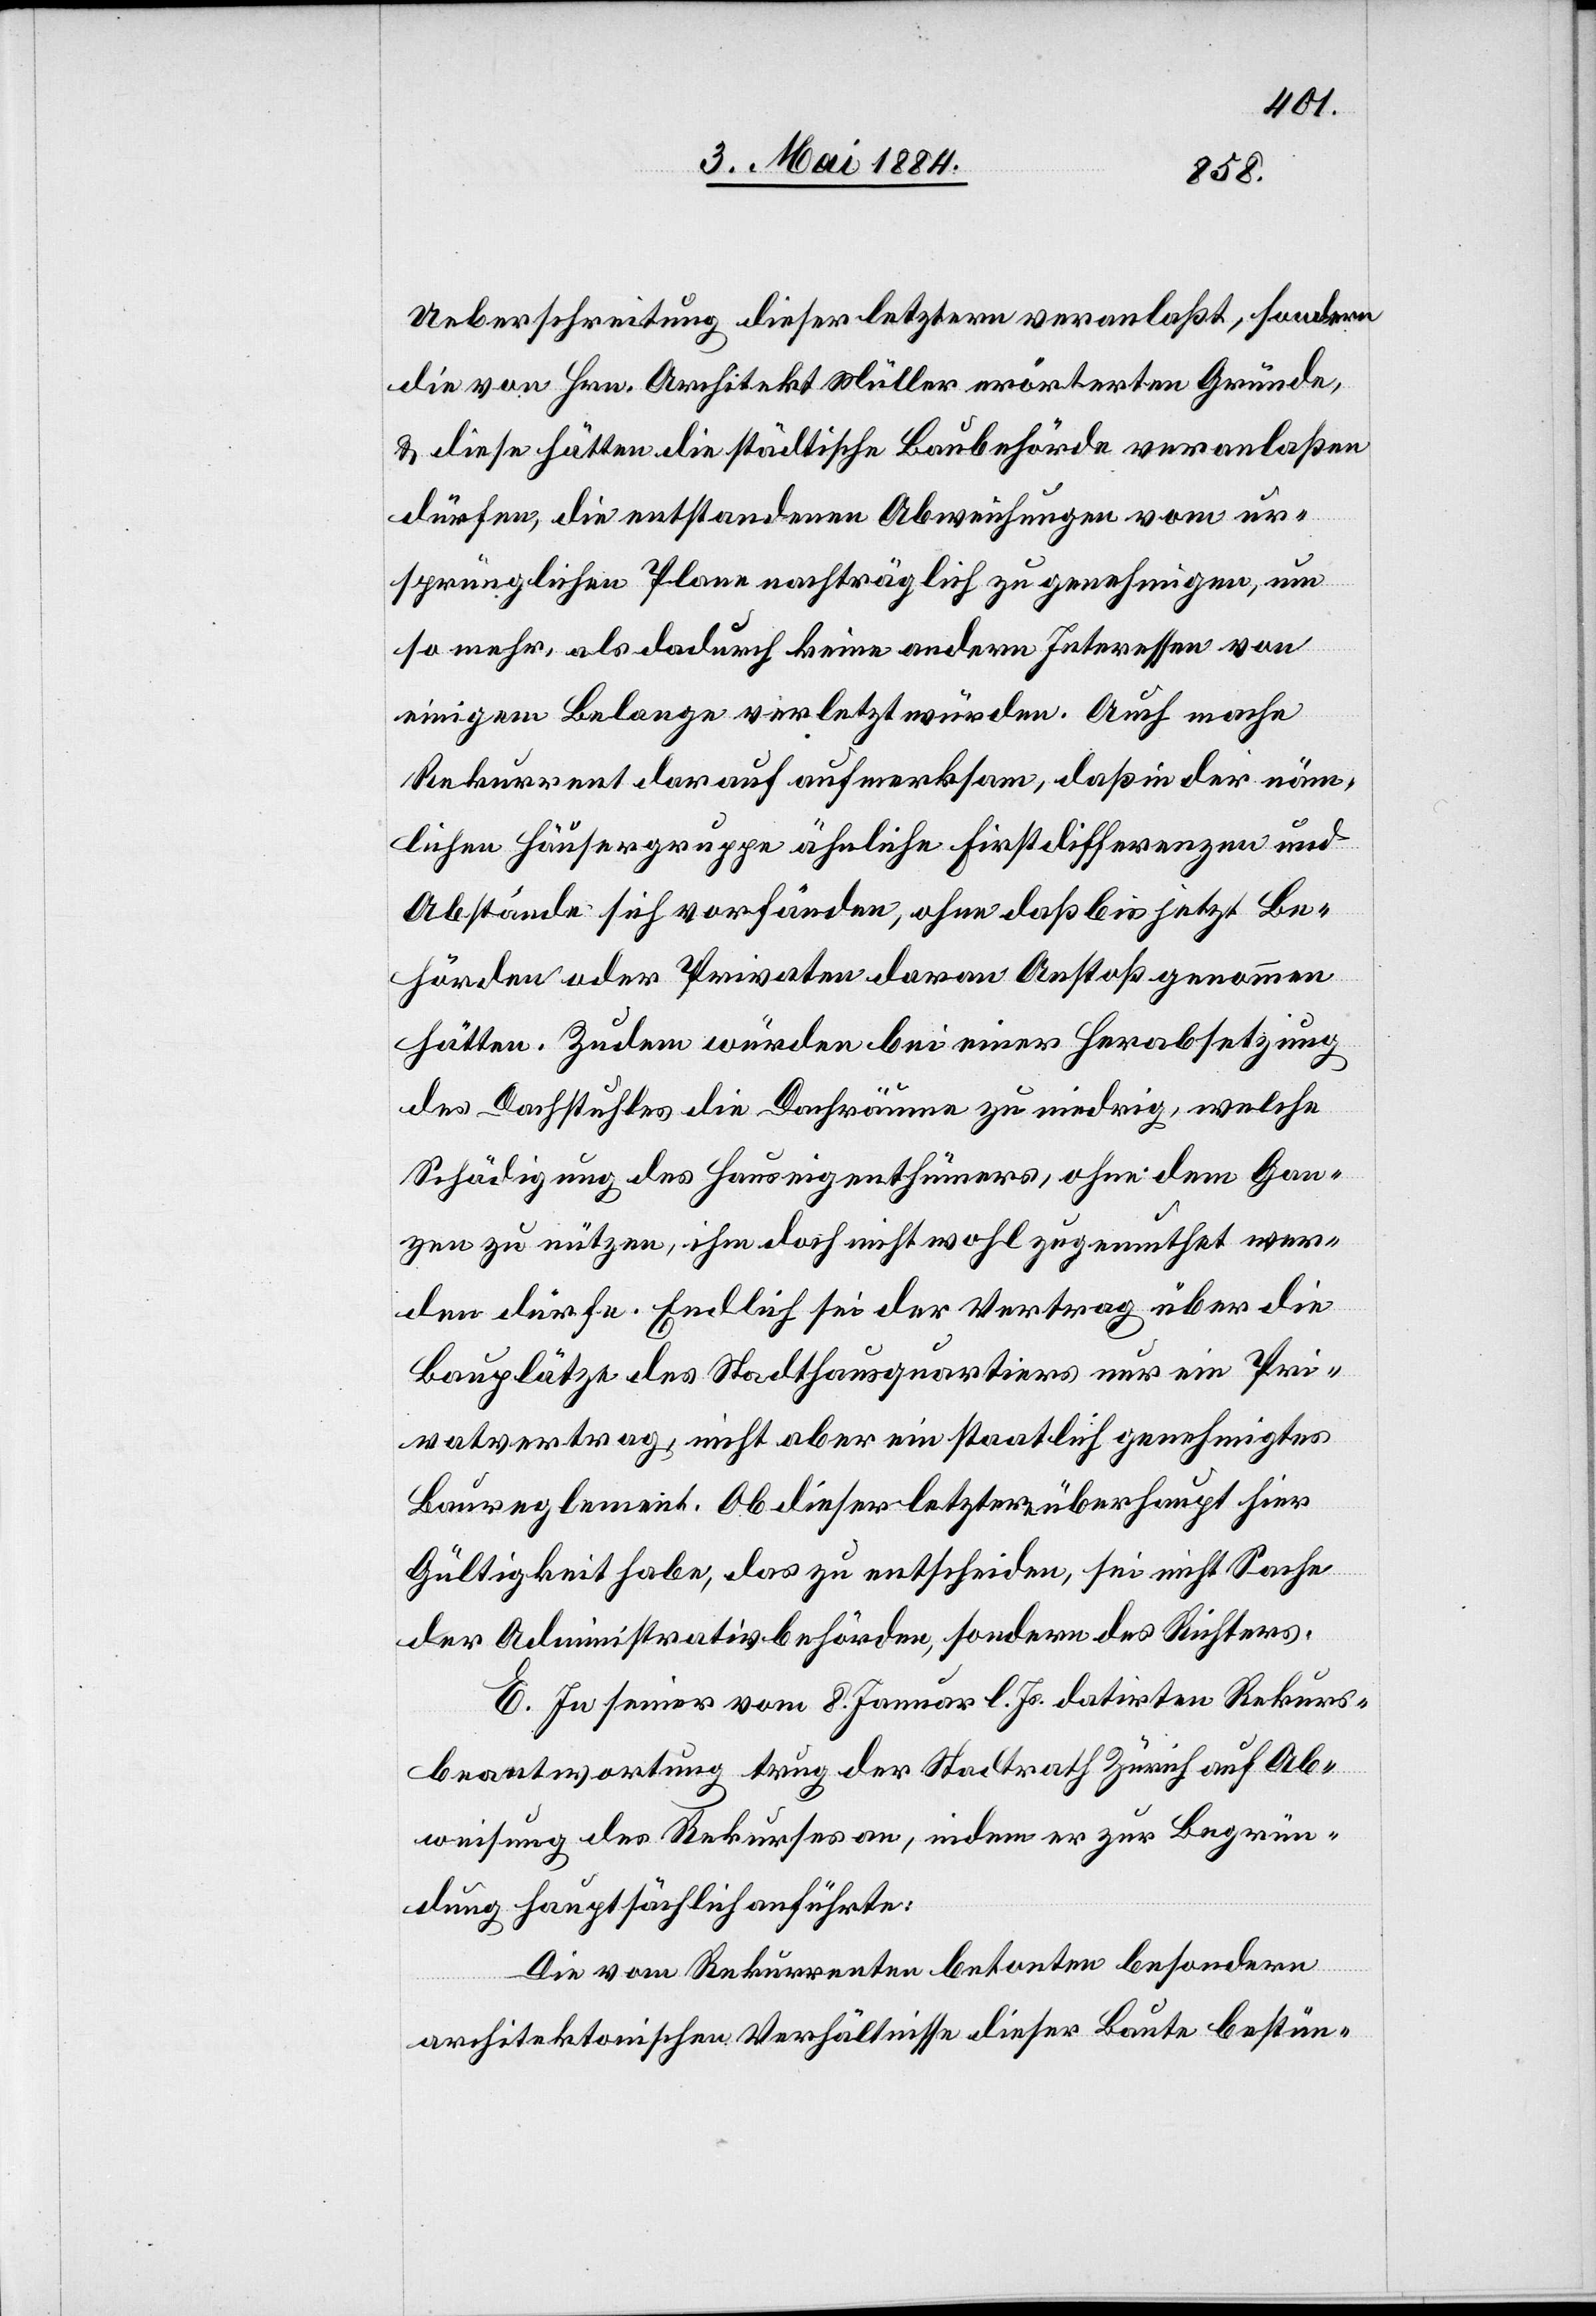
Ueberschreitung dieser letzern veranlaßt, sondern
die von Hrn. Architekt Müller erörterten Gründe,
& diese hätten die städtische Baubehörde veranlaßen
dürfen, die entstandenen Abweichungen vom ur¬
sprünglichen Plane nachträglich zu genehmigen, um
so mehr, als dadurch keine andern Interessen von
einigem Belange verletzt würden. Auch mache
Rekurrent darauf aufmerksam, daß in der näm¬
lichen Häusergruppe ähnliche Firstdifferenzen und
Abstände sich vorfänden, ohne daß bis jetzt Be¬
hörden oder Privaten [sic!] daran Anstoß genommen
hätten. Zudem würden bei einer Herabsetzung
des Dachstuhles die Dachräume zu niedrig, welche
Schädigung des Hauseigenthümers, ohne dem Gan¬
zen zu nützen, ihm doch nicht wohl zugemuthet wer¬
den dürfe. Endlich sei der Vertrag über die
Bauplätze des Stadthausquartiers nur ein Pri¬
vatvertrag, nicht aber ein staatlich genehmigtes
Baureglement. Ob dieser letztere überhaupt hier
Gültigkeit habe, das zu entscheiden, sei nicht Sache
der Administrativbehörden, sondern des Richters.
E. In seiner vom 8. Januar l. Js. datirten Rekurs¬
beantwortung trug der Stadtrath Zürich auf Ab¬
weisung des Rekurses an, indem er zur Begrün¬
dung hauptsächlich anführte:
Die vom Rekurrenten betonten besondern
architektonischen Verhältnisse dieser Baute bestün-